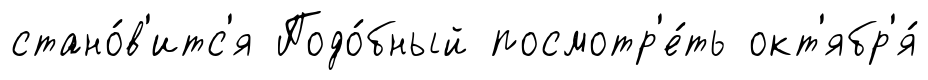
стано́в'итс'я Подо́бный посмотр'е́ть окт'ябр'я́